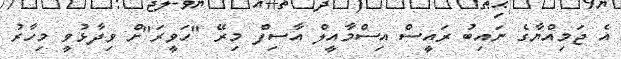
އެ ޖަމިއްޔާގެ ނައިބު ރައީސް އިސްމާއީލް އާސިފް މިރޭ "ހަވީރަ"ށް ވިދާޅުވީ މިހާރު